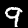
Digit: 9